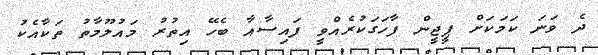
ދެ ވަނަ ކަމަކަށް ޕީޖީން ފާހަގަކުރެއްވީ ފައިސާއާ ބެހޭ އިތުރު މައުލޫމާތު ތަކާއެކު